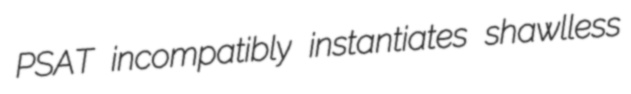
PSAT incompatibly instantiates shawlless